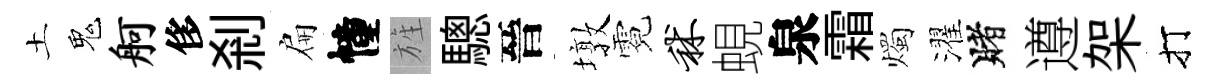
土鬼舸侈剎扁幢旌驄晉墩霓秫蜆泉霜燭濯賭遵架打